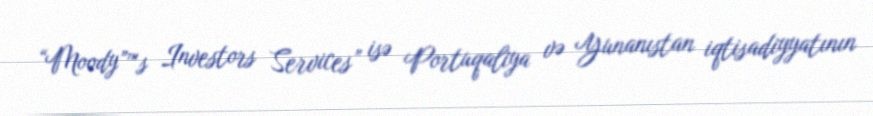
“Moody”™s Investors Services” isə Portuqaliya və Yunanıstan iqtisadiyyatının